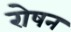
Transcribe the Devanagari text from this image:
रोषन